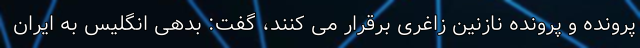
پرونده و پرونده نازنین زاغری برقرار می کنند، گفت: بدهی انگلیس به ایران